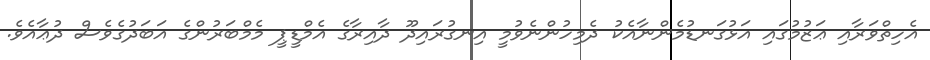
އެހިތްވަރާއި ޢަޒުމުގައި އަޅުގަނޑުމެންނާއެކު ދެމިހުންނެވުމީ އިނގުރައިދޫ ދާއިރާގެ އެމްޑީޕީ މެމްބަރުންގެ އަބަދުގެވެސް ދުޢާއެވެ.